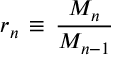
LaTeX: r _ { n } \, \equiv \, \frac { M _ { n } } { M _ { n - 1 } }